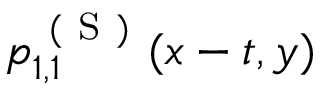
p _ { 1 , 1 } ^ { \mathrm { ~ ( ~ S ~ ) ~ } } ( x - t , y )